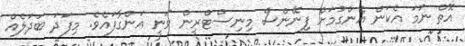
އޮތް ނަމަ އެކަން އެންގުމަށް ފިނޭންސް މިނިސްޓްރީން ވަނީ އަންގާފައެވެ. މިފަދަ ބަދަލެއް